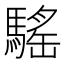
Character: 𩥣